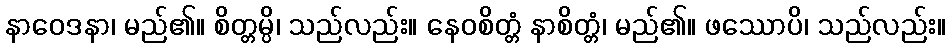
နာဝေဒနာ၊ မည်၏။ စိတ္တမ္ပိ၊ သည်လည်း။ နေဝစိတ္တံ နာစိတ္တံ၊ မည်၏။ ဖဿောပိ၊ သည်လည်း။